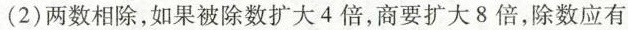
(2)两数相除，如果被除数扩大4倍，商要扩大8倍，除数应有